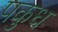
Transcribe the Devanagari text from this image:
पकुध